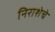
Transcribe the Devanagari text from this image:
निराशेचे